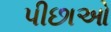
પીછાઓ